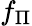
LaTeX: f_{\Pi}